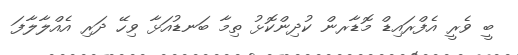
ބީ ވެރީ އެފްރައިޑް މޮޑާރން ކުދިންކޮޅު ތިމާ ބަނޑުއަޅާ ވިހޭ ދަރި އެއްލާލާފަ